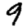
Digit: 9